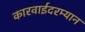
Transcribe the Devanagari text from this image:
कारवाईदरम्यान